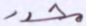
محدد